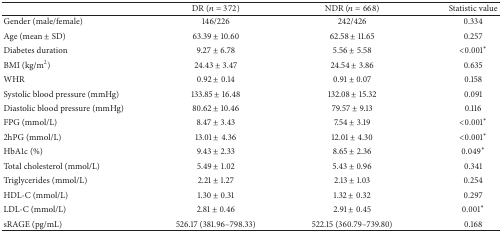
<table><thead><tr><td><b> </b></td><td><b>DR (<i>n</i> = 372)</b></td><td><b>NDR (<i>n</i> = 668)</b></td><td><b>Statistic value</b></td></tr></thead><tbody><tr><td>Gender (male/female)</td><td>146/226</td><td>242/426</td><td>0.334</td></tr><tr><td>Age (mean ± SD)</td><td>63.39 ± 10.60</td><td>62.58 ± 11.65</td><td>0.257</td></tr><tr><td>Diabetes duration</td><td>9.27 ± 6.78</td><td>5.56 ± 5.58</td><td>&lt;0.001*</td></tr><tr><td>BMI (kg/m<sup>2</sup>)</td><td>24.43 ± 3.47</td><td>24.54 ± 3.86</td><td>0.635</td></tr><tr><td>WHR</td><td>0.92 ± 0.14</td><td>0.91 ± 0.07</td><td>0.158</td></tr><tr><td>Systolic blood pressure (mmHg)</td><td>133.85 ± 16.48</td><td>132.08 ± 15.32</td><td>0.091</td></tr><tr><td>Diastolic blood pressure (mmHg)</td><td>80.62 ± 10.46</td><td>79.57 ± 9.13</td><td>0.116</td></tr><tr><td>FPG (mmol/L)</td><td>8.47 ± 3.43</td><td>7.54 ± 3.19</td><td>&lt;0.001*</td></tr><tr><td>2hPG (mmol/L)</td><td>13.01 ± 4.36</td><td>12.01 ± 4.30</td><td>&lt;0.001*</td></tr><tr><td>HbA1c (%)</td><td>9.43 ± 2.33</td><td>8.65 ± 2.36</td><td>0.049*</td></tr><tr><td>Total cholesterol (mmol/L)</td><td>5.49 ± 1.02</td><td>5.43 ± 0.96</td><td>0.341</td></tr><tr><td>Triglycerides (mmol/L)</td><td>2.21 ± 1.27</td><td>2.13 ± 1.03</td><td>0.254</td></tr><tr><td>HDL-C (mmol/L)</td><td>1.30 ± 0.31</td><td>1.32 ± 0.32</td><td>0.297</td></tr><tr><td>LDL-C (mmol/L)</td><td>2.81 ± 0.46</td><td>2.91 ± 0.45</td><td>0.001*</td></tr><tr><td>sRAGE (pg/mL)</td><td>526.17 (381.96–798.33)</td><td>522.15 (360.79–739.80)</td><td>0.168</td></tr></tbody></table>